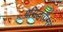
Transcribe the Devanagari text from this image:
प्रसिद्धतोमर